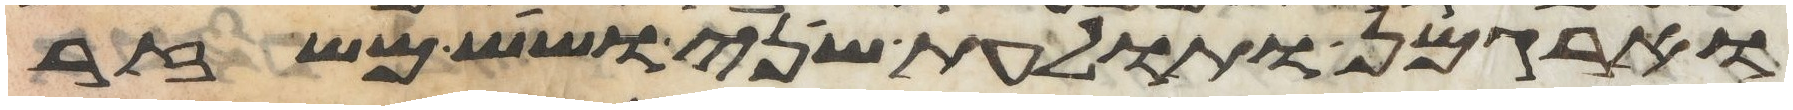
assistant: וארגמן ותולעת שני ושש משזר